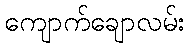
ကျောက်ချောလမ်း